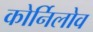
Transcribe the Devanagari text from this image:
कोर्निलोव